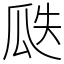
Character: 瓞